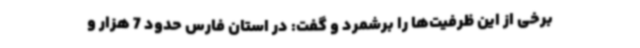
برخی از این ظرفیت‌ها را برشمرد و گفت: در استان فارس حدود 7 هزار و